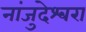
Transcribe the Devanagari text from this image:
नांजुदेश्‍वरा